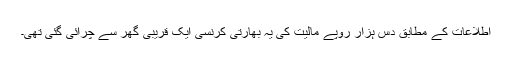
اطلاعات کے مطابق دس ہزار روپے مالیت کی یہ بھارتی کرنسی ایک قریبی گھر سے چرائی گئی تھی۔